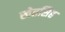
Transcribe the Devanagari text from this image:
खेतसिह